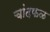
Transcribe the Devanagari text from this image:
चांदफळ